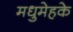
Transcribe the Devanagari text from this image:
मधुमेहके